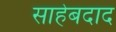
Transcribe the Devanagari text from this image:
साहेबदाद